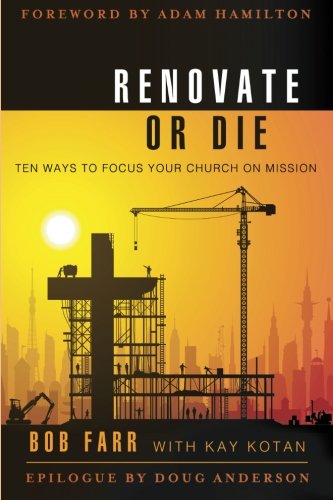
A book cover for Renovate or Die: 10 Ways to Focus Your Church on Mission; Bob Farr; Christian Books & Bibles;